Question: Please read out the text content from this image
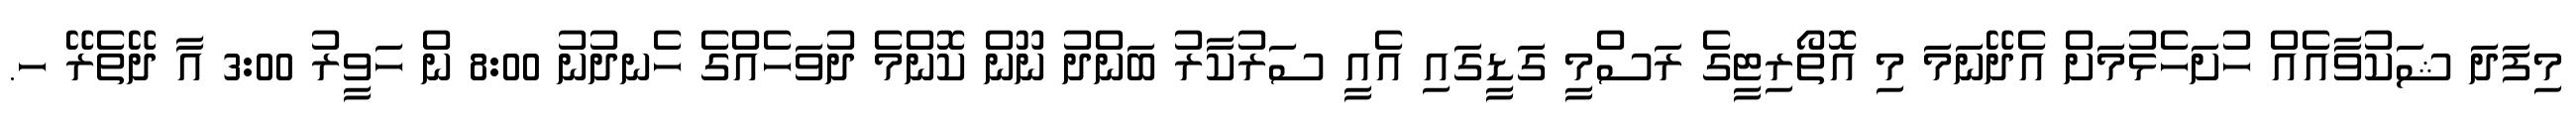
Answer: މިފަދަ ޝަކުވާއެއް ހުށަހެޅުމަށް އެދޭނަމަ މި އޮތޯރިޓީގެ ރަސްމީ ގަޑީގައި އެއީ ސަރުކާރު ބަންދު ނޫން ކޮންމެ ދުވަހެއްގެ ހެނދުނު 8:00 ން ހަވީރު 3:00 އާ ދޭތެރޭ ހ.